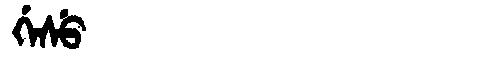
Manchu: ᡤᡝᠰᡠ
Romanization: GESU